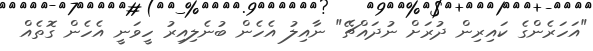
"އަހަރެންގެ ކައިރިން ދުރަށް ނުދައްޗޭ" ނާއިލު އެހެން ބުނެލިއިރު ހީވަނީ އެހެން ގޮތެއް